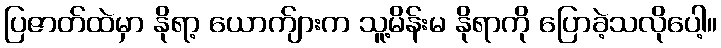
ပြဇာတ်ထဲမှာ နိုရာ့ ယောက်ျားက သူ့မိန်းမ နိုရာကို ပြောခဲ့သလိုပေါ့။